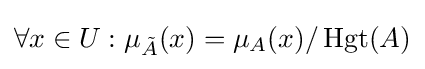
\forall x\in U:\mu _{\tilde {A}}(x)=\mu _{A}(x)/\operatorname {Hgt} (A)